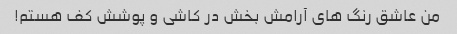
من عاشق رنگ های آرامش بخش در کاشی و پوشش کف هستم!